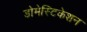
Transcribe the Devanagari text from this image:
डोमेस्टिकेशन